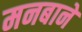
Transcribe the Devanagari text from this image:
मनबाने